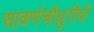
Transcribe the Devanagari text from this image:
सावर्णचौधुरीयों